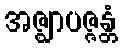
အဇ္ဈာပဇ္ဇန္တံ